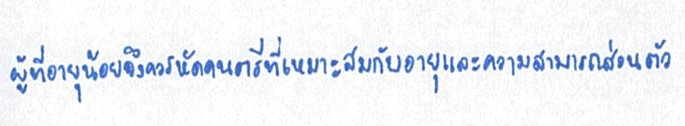
ผู้ที่อายุน้อยจึงควรหัดดนตรีที่เหมาะสมกับอายุและความสามารถส่วนตัว